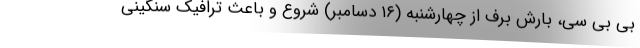
بی بی سی، بارش برف از چهارشنبه (۱۶ دسامبر) شروع و باعث ترافیک سنگینی